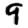
Digit: 9